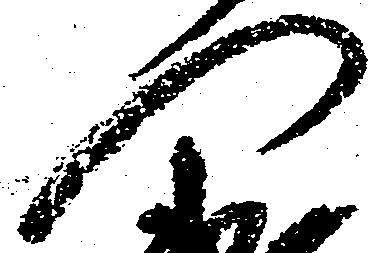
門